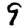
Digit: 9